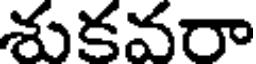
శుకవరా